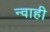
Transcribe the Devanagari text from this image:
न्वाही